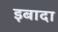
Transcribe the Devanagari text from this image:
इबादा